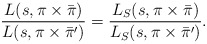
\begin{align*} \frac{L(s, \pi \times \bar \pi)}{L(s, \pi \times \bar \pi')} =\frac{L_S(s, \pi \times \bar \pi)}{L_S(s, \pi \times \bar \pi')}.\end{align*}